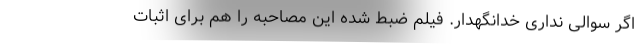
اگر سوالی نداری خدانگهدار. فیلم ضبط شده این مصاحبه را هم برای اثبات